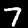
Digit: 7